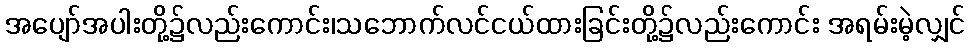
အပျော်အပါးတို့၌လည်းကောင်း၊သဘောက်လင်ငယ်ထားခြင်းတို့၌လည်းကောင်း အရမ်းမဲ့လျှင်